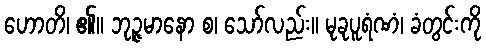
ဟောတိ၊ ၏။ ဘုဉ္ဇမာနော စ၊ သော်လည်း။ မုခုပူရံဏံ၊ ခံတွင်းကို